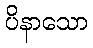
ပိနာသော